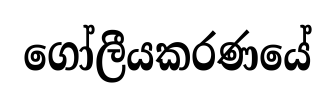
ගෝලීයකරණයේ